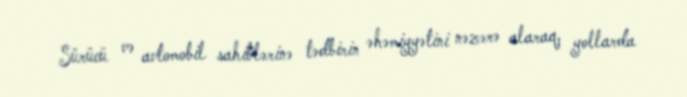
Sürücü və avtomobil sahiblərinə tədbirin əhəmiyyətini nəzərə alaraq, yollarda